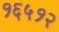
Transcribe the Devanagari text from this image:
१६५१२